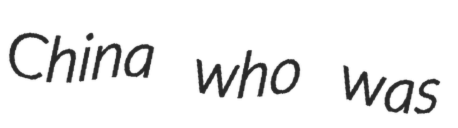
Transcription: China who was